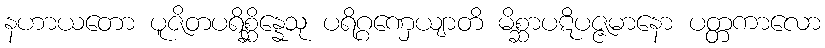
နဟာယတော ပူဇိတပရိစ္ဆိန္နေသု ပရိဂ္ဂဏှေယျာတိ မိစ္ဆာပဋိပဇ္ဇမာနော ပတ္တကာလော